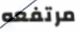
مرتفعه